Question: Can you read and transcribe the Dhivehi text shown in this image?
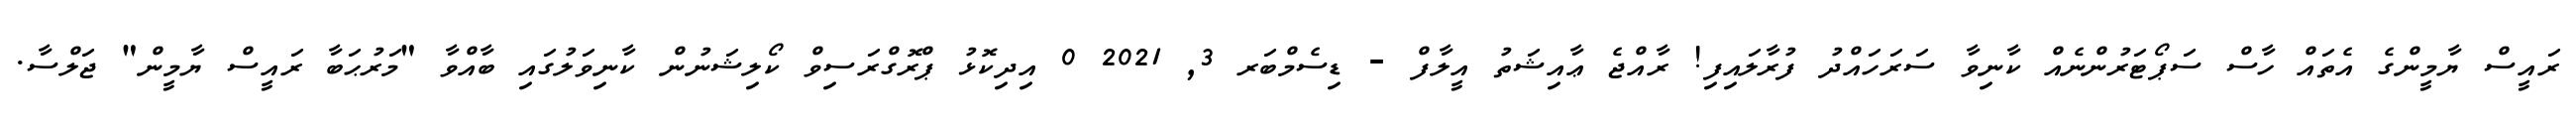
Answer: ރައީސް ޔާމީންގެ އެތައް ހާސް ސަޕޯޓަރުންނެއް ކާނިވާ ސަރަހައްދު ފުރާލައިފި! ރާއްޖެ ޢާއިޝަތު އީލާފް - ޑިސެމްބަރ 3, 2021 0 އިދިކޮޅު ޕްރޮގްރަސިވް ކޯލިޝަނުން ކާނިވަލުގައި ބާއްވާ "މަރުޙަބާ ރައީސް ޔާމީން" ޖަލްސާ.